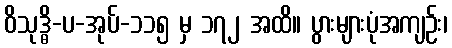
ဝိသုဒ္ဓိ-ပ-အုပ်-၁၁၅ မှ ၁၇၂ အထိ။ ပွားများပုံအကျဉ်း၊